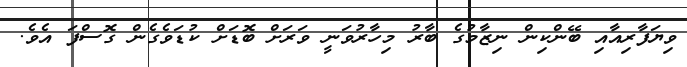
ވިޔަފާރިއާއި ބޭންކިން ނިޒާމުގެ ބާރު މިހާރުވަނީ ވަރަށް ބޮޑަށް ކުޑަވެގެން ގޮސްފަ އެވެ.